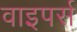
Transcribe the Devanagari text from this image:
वाइपर्स